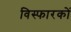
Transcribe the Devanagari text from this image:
विस्फारकों